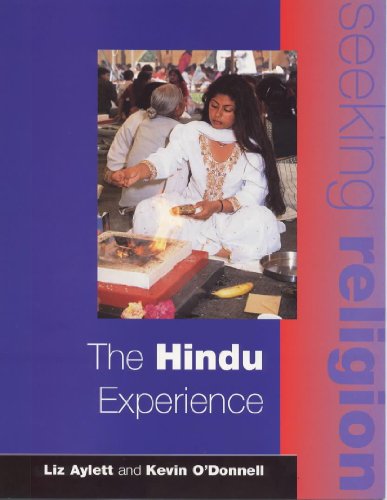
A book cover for The Hindu Experience: Pupil's Book (Seeking Religion); Mel Thompson; Teen & Young Adult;